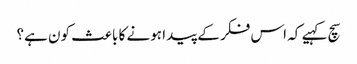
سچ کہیے کہ اس فکر کے پیدا ہونے کا باعث کون ہے؟